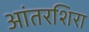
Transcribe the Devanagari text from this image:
आंतरशिरा